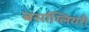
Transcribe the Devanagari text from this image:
बर्साग्लियरी